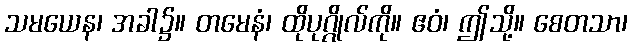
သမယေန၊ အခါ၌။ တမေနံ၊ ထိုပုဂ္ဂိုလ်ကို။ ဧဝံ၊ ဤသို့။ စေတသာ၊